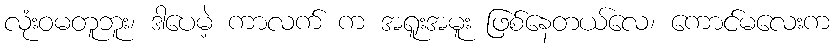
လုံးဝမတူဘူး၊ ဒါပေမဲ့ ကာလက် က အရူးအမူး ဖြစ်နေတယ်လေ၊ ကောင်မလေးက